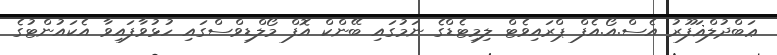
ޢަބްދުލްޣަފޫރު އެސް.އޯ.އެފް ޕްރައިވެޓް ލިމިޓެޑްގެ ނަމުގައި ބޭންކް އޮފް މޯލްޑިވްސްގައި ހުޅުވާފައިވާ އެކައުންޓުގެ